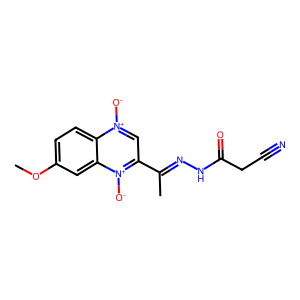
SMILES: COc1ccc2c(c1)[n+]([O-])c(C(C)=NNC(=O)CC#N)c[n+]2[O-]
Inhibits HIV replication: No